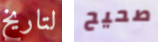
لتاريخ صحيح